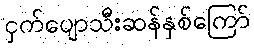
ငှက်ပျောသီးဆန်နှစ်ကြော်